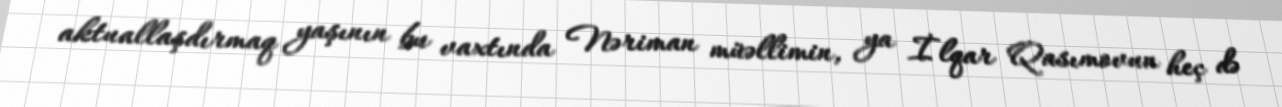
aktuallaşdırmaq yaşının bu vaxtında Nəriman müəllimin, ya İlqar Qasımovun heç də